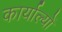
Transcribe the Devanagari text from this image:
कार्याल्यों